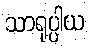
သာရုပ္ပါယ